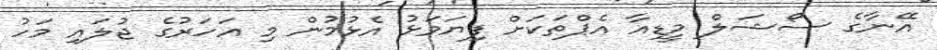
އޭނާގެ ސޯޝަލް މީޑިއާ އެޕްތަކަށް ފިޔަވަޅު އެޅުމުން މި އަހަރުގެ ޖުލައި މަހު